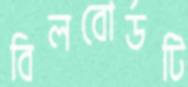
বিলবোর্ডটি